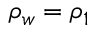
\rho _ { w } = \rho _ { 1 }